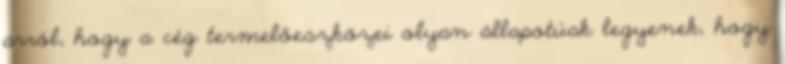
arról, hogy a cég termelőeszközei olyan állapotúak legyenek, hogy